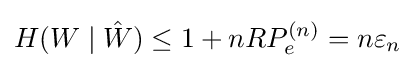
H(W\mid {\hat {W}})\leq 1+nRP_{e}^{(n)}=n\varepsilon _{n}